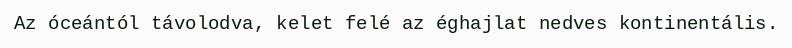
Az óceántól távolodva, kelet felé az éghajlat nedves kontinentális.